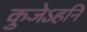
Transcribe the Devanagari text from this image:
कुजेऽहनि